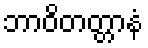
ဘာဝိတတ္တာနံ